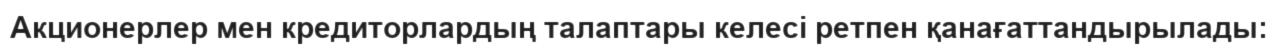
Акционерлер мен кредиторлардың талаптары келесі ретпен қанағаттандырылады: